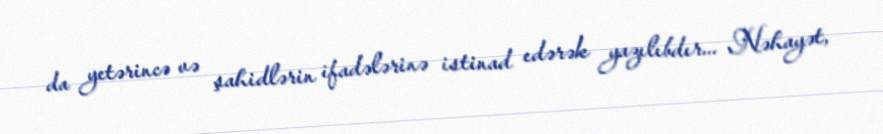
da yetərincə və şahidlərin ifadələrinə istinad edərək yazılıbdır... Nəhayət,